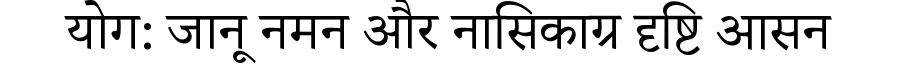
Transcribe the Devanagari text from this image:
योग: जानू नमन और नासिकाग्र दृष्टि आसन